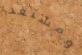
ومستعد